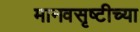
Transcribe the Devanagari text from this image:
मानवसृष्टीच्या